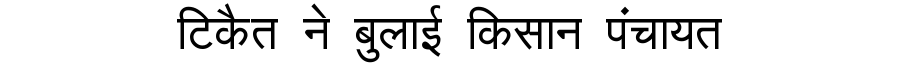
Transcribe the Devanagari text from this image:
टिकैत ने बुलाई किसान पंचायत